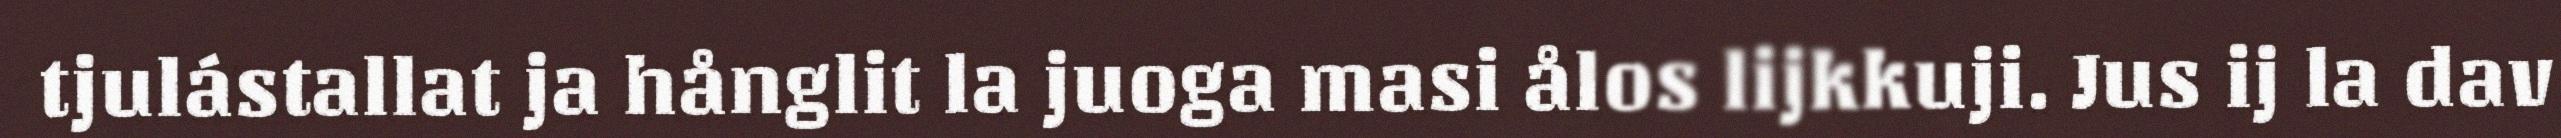
tjulástallat ja hånglit la juoga masi ålos lijkkuji. Jus ij la dav